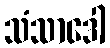
သံသာဒေါ